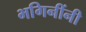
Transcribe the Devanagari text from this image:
भगिनींनी